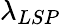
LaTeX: \lambda_{LSP}